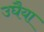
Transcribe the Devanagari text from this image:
उघैया